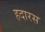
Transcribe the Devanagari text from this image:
हदारस